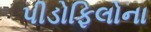
પીડોફિલોના